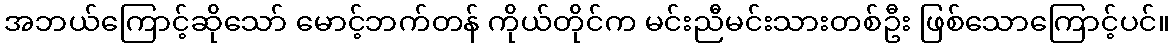
အဘယ်ကြောင့်ဆိုသော် မောင့်ဘက်တန် ကိုယ်တိုင်က မင်းညီမင်းသားတစ်ဦး ဖြစ်သောကြောင့်ပင်။